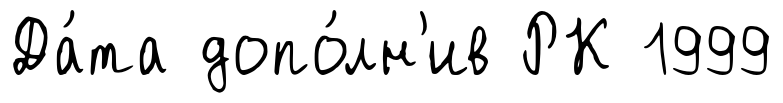
Да́та допо́лн'ив РК 1999